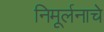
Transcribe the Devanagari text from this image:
निमूर्लनाचे